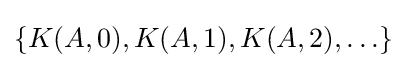
\{K(A,0),K(A,1),K(A,2),\ldots \}